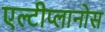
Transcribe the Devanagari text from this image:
एल्टीप्लानोस